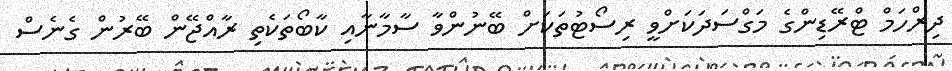
ދިރްހަމް ޓްރޭޑިންގެ މަގްސަދަކަށްވީ ރިސޯޓުތަކަށް ބޭނުންވާ ސާމާނާއި ކާބޯތަކެތި ރާއްޖޭން ބޭރުން ގެނެސް